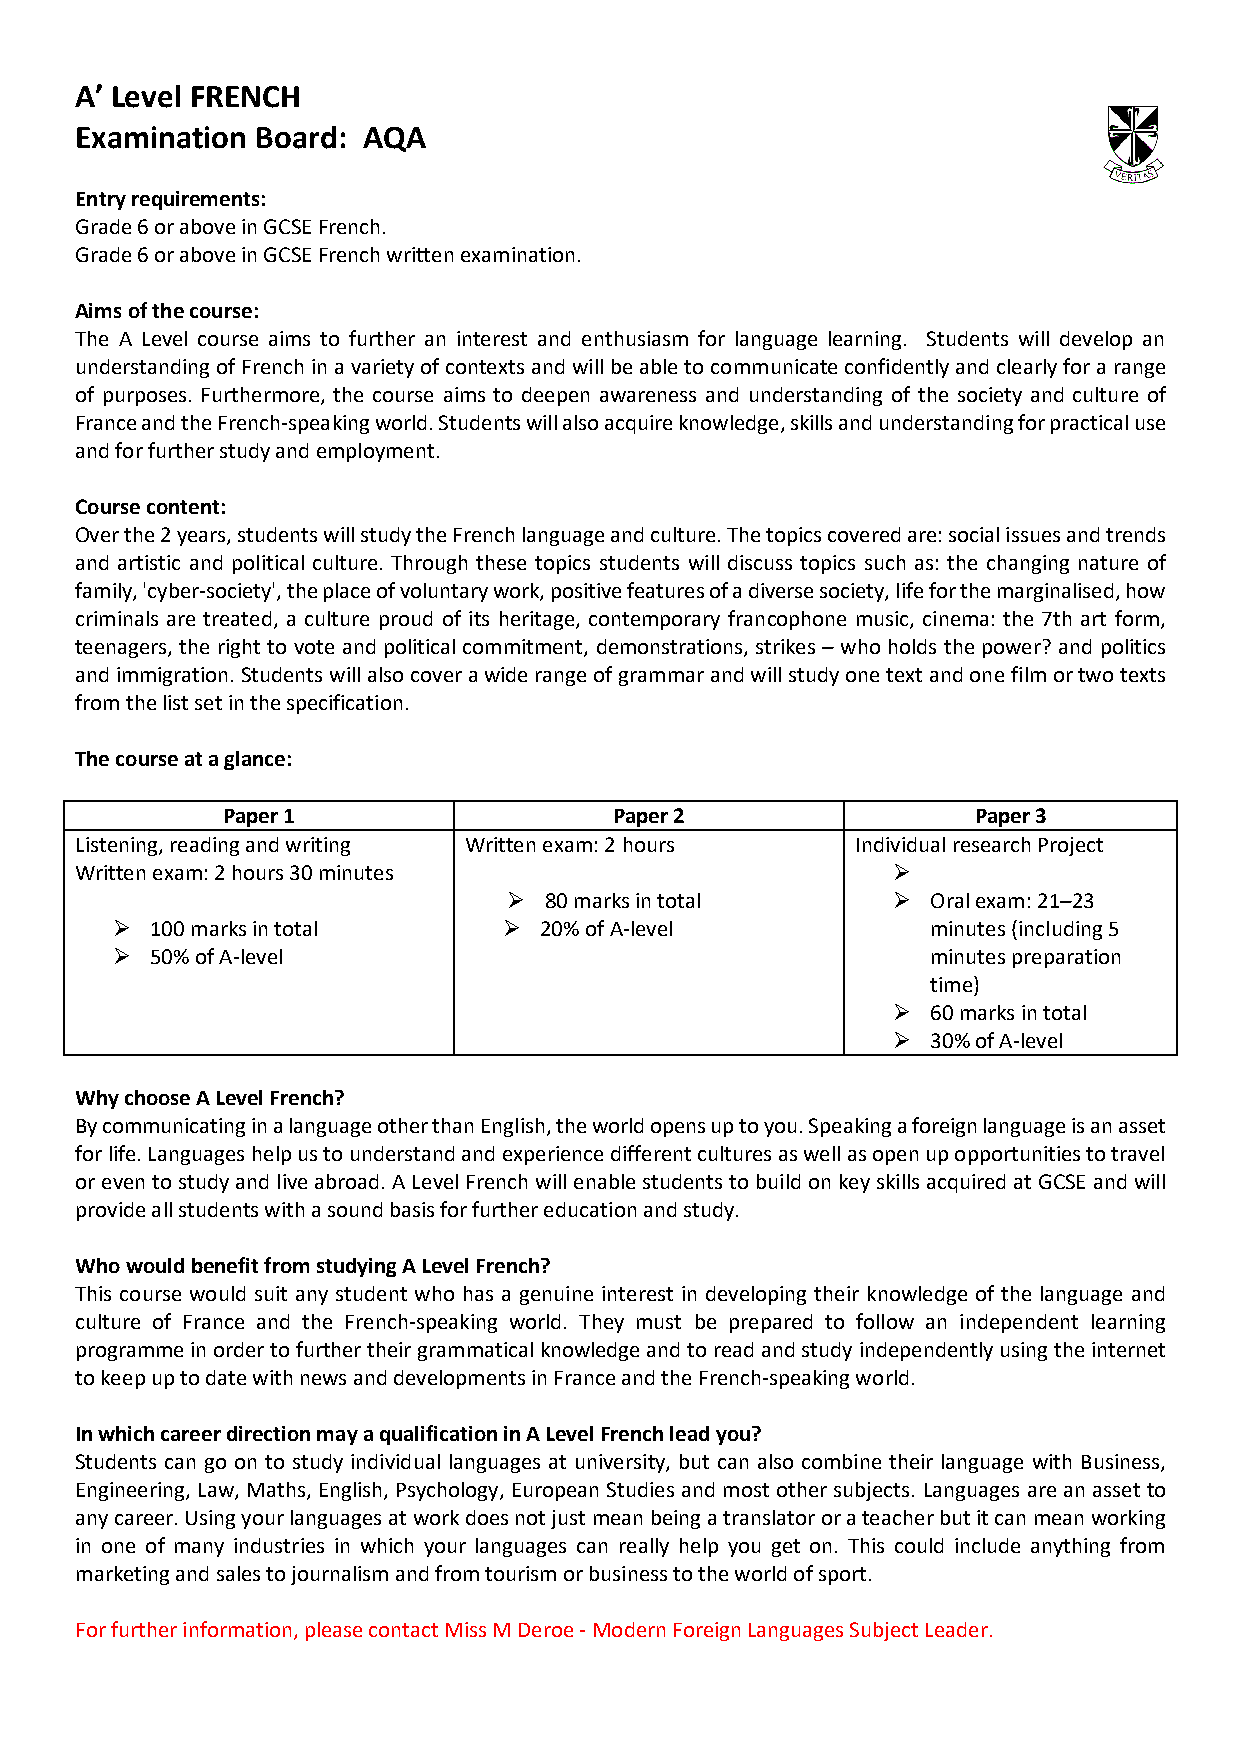
A’ Level FRENCH
 Examination Board: AQA
 Entry requirements:
 Grade 6 or above in GCSE French.
 Grade 6 or above in GCSE French written examination.
 Aims of the course:
 The A Level course aims to further an interest and enthusiasm for language learning. Students will develop an
 understanding of French in a variety of contexts and will be able to communicate confidently and clearly for a range
 of purposes. Furthermore, the course aims to deepen awareness and understanding of the society and culture of
 France and the French-speaking world. Students will also acquire knowledge, skills and understanding for practical use
 and for further study and employment.
 Course content:
 Over the 2 years, students will study the French language and culture. The topics covered are: social issues and trends
 and artistic and political culture. Through these topics students will discuss topics such as: the changing nature of
 family, 'cyber-society', the place of voluntary work, positive features of a diverse society, life for the marginalised, how
 criminals are treated, a culture proud of its heritage, contemporary francophone music, cinema: the 7th art form,
 teenagers, the right to vote and political commitment, demonstrations, strikes – who holds the power? and politics
 and immigration. Students will also cover a wide range of grammar and will study one text and one film or two texts
 from the list set in the specification.
 The course at a glance:
 Paper 1                   Paper 2                Paper 3
 Listening, reading and writing Written exam: 2 hours Individual research Project
 Written exam: 2 hours 30 minutes                      ➢
 ➢ 80 marks in total      ➢  Oral exam: 21–23
 ➢  100 marks in total     ➢  20% of A-level            minutes (including 5
 ➢  50% of A-level                                      minutes preparation
 time)
 ➢  60 marks in total
 ➢  30% of A-level
 Why choose A Level French?
 By communicating in a language other than English, the world opens up to you. Speaking a foreign language is an asset
 for life. Languages help us to understand and experience different cultures as well as open up opportunities to travel
 or even to study and live abroad. A Level French will enable students to build on key skills acquired at GCSE and will
 provide all students with a sound basis for further education and study.
 Who would benefit from studying A Level French?
 This course would suit any student who has a genuine interest in developing their knowledge of the language and
 culture of France and the French-speaking world. They must be prepared to follow an independent learning
 programme in order to further their grammatical knowledge and to read and study independently using the internet
 to keep up to date with news and developments in France and the French-speaking world.
 In which career direction may a qualification in A Level French lead you?
 Students can go on to study individual languages at university, but can also combine their language with Business,
 Engineering, Law, Maths, English, Psychology, European Studies and most other subjects. Languages are an asset to
 any career. Using your languages at work does not just mean being a translator or a teacher but it can mean working
 in one of many industries in which your languages can really help you get on. This could include anything from
 marketing and sales to journalism and from tourism or business to the world of sport.
 For further information, please contact Miss M Deroe - Modern Foreign Languages Subject Leader.